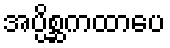
အပ္ပိစ္ဆကထာပေ